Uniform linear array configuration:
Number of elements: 4
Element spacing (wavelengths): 0.75
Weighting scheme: uniform
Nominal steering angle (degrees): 15
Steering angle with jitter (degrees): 13.049
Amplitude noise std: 0.05
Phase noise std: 0.05

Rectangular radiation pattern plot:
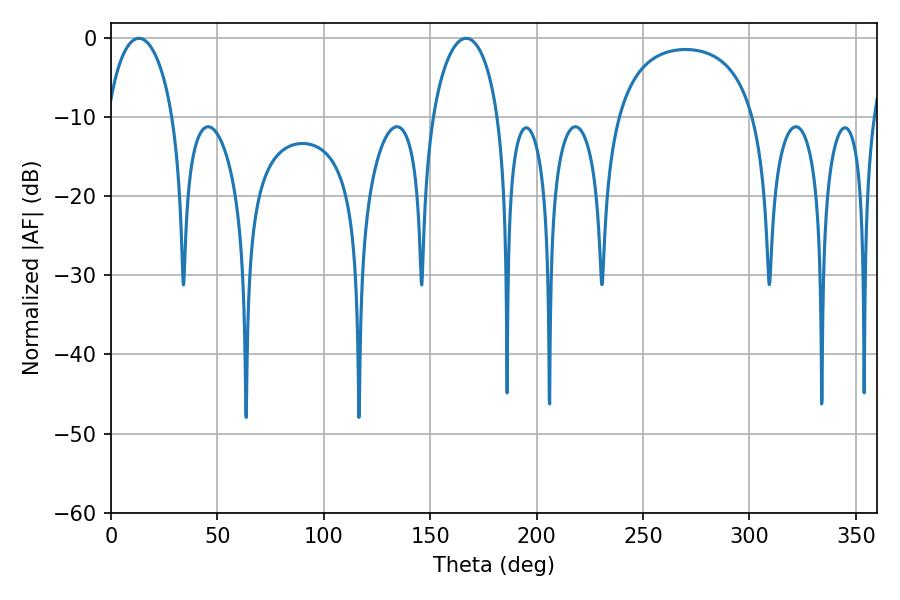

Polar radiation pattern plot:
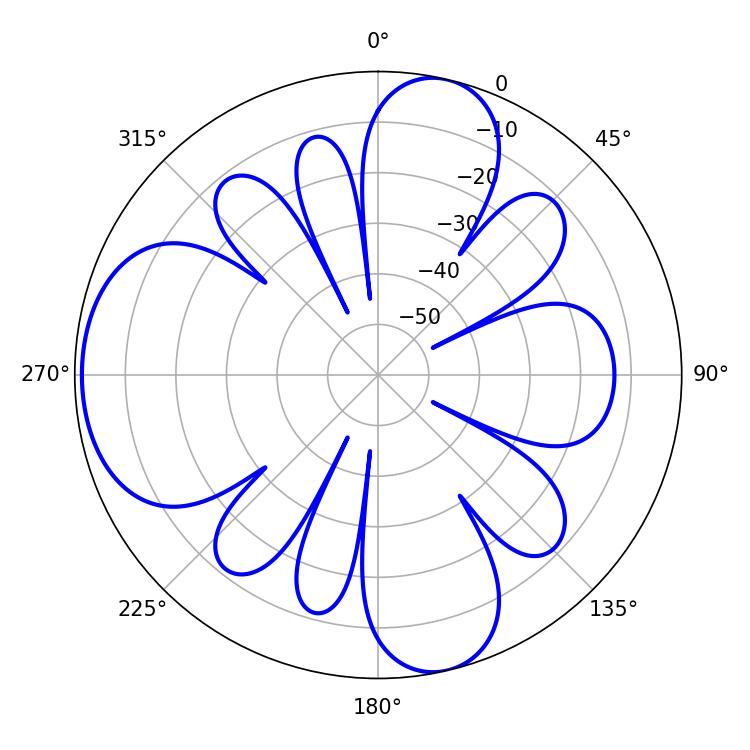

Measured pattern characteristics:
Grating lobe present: TRUE
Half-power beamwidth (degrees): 17.82
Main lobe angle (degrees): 13.14